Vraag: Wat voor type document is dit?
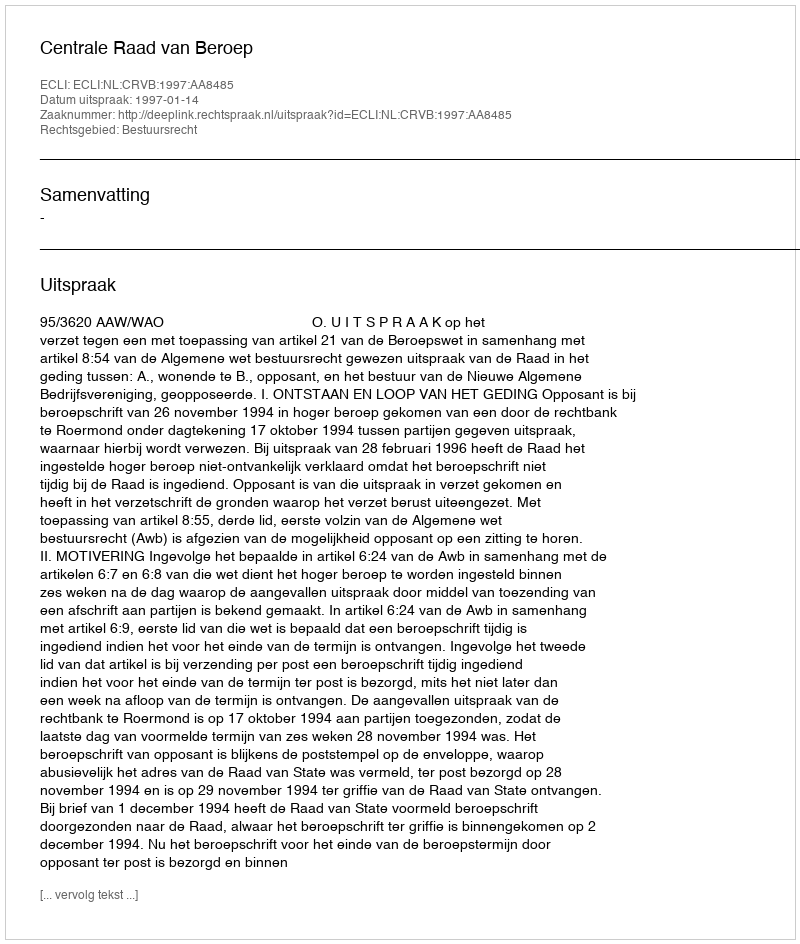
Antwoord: Uitspraak